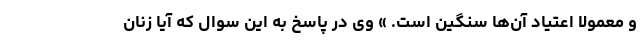
و معمولا اعتیاد آن‌ها سنگین است. » وی در پاسخ به این سوال که آیا زنان